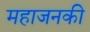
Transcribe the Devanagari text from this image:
महाजनकी